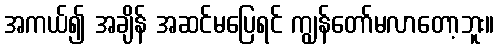
အကယ်၍ အချိန် အဆင်မပြေရင် ကျွန်တော်မလာတော့ဘူး။